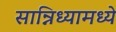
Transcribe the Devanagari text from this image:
सान्निध्यामध्ये